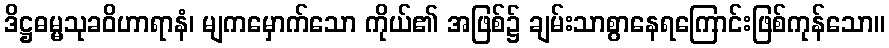
ဒိဋ္ဌဓမ္မသုခဝိဟာရာနံ၊ မျကမှောက်သော ကိုယ်၏ အဖြစ်၌ ချမ်းသာစွာနေရကြောင်းဖြစ်ကုန်သော။